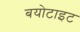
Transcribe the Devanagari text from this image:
बयोटाइट